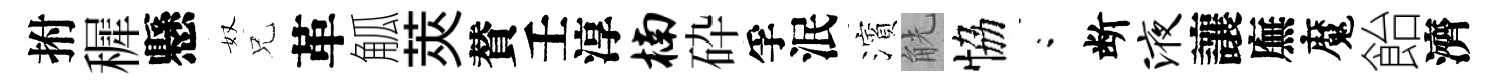
拊穉懸奴兄革觚莢賛壬淳楠砕孚泯濱觥恊閤断液讓廡魔飴濟